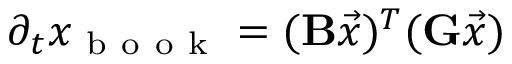
\partial _ { t } x _ { \mathrm { ~ b ~ o ~ o ~ k ~ } } = ( \mathbf { B } \vec { x } ) ^ { T } ( \mathbf { G } \vec { x } )